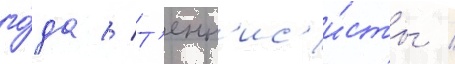
го́да // Т'енн'ис'и́сты /